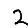
Digit: 2